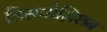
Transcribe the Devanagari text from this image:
डिसपोज़िशन